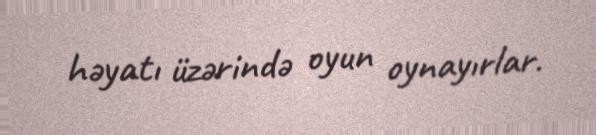
həyatı üzərində oyun oynayırlar.